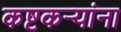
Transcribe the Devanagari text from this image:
कष्टकऱ्यांना